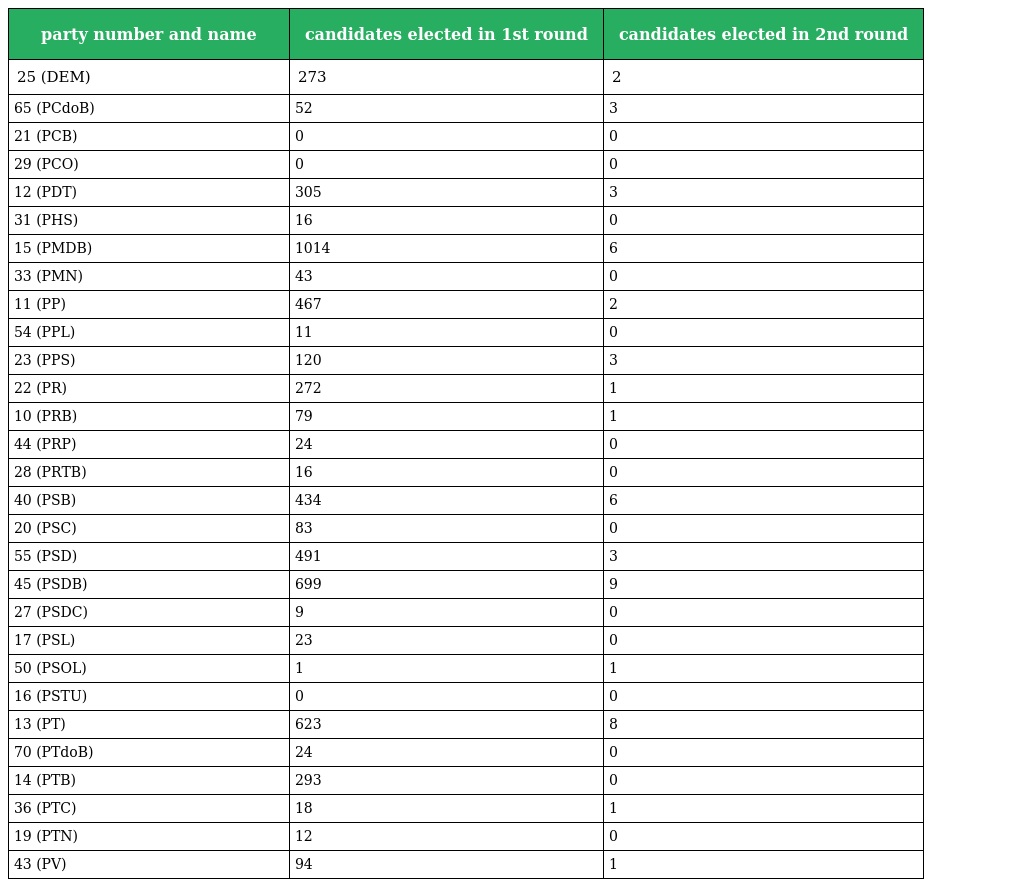
| party number and name | candidates elected in 1st round | candidates elected in 2nd round |
 | --- | --- | --- |
 | 25 (DEM) | 273 | 2 |
 | 65 (PCdoB) | 52 | 3 |
 | 21 (PCB) | 0 | 0 |
 | 29 (PCO) | 0 | 0 |
 | 12 (PDT) | 305 | 3 |
 | 31 (PHS) | 16 | 0 |
 | 15 (PMDB) | 1014 | 6 |
 | 33 (PMN) | 43 | 0 |
 | 11 (PP) | 467 | 2 |
 | 54 (PPL) | 11 | 0 |
 | 23 (PPS) | 120 | 3 |
 | 22 (PR) | 272 | 1 |
 | 10 (PRB) | 79 | 1 |
 | 44 (PRP) | 24 | 0 |
 | 28 (PRTB) | 16 | 0 |
 | 40 (PSB) | 434 | 6 |
 | 20 (PSC) | 83 | 0 |
 | 55 (PSD) | 491 | 3 |
 | 45 (PSDB) | 699 | 9 |
 | 27 (PSDC) | 9 | 0 |
 | 17 (PSL) | 23 | 0 |
 | 50 (PSOL) | 1 | 1 |
 | 16 (PSTU) | 0 | 0 |
 | 13 (PT) | 623 | 8 |
 | 70 (PTdoB) | 24 | 0 |
 | 14 (PTB) | 293 | 0 |
 | 36 (PTC) | 18 | 1 |
 | 19 (PTN) | 12 | 0 |
 | 43 (PV) | 94 | 1 |